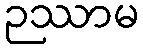
ဉဿာမ